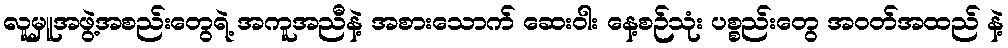
လူမှူအဖွဲ့အစည်းတွေရဲ့ အကူအညီနဲ့ အစားသောက် ဆေးဝါး နေ့စဉ်သုံး ပစ္စည်းတွေ အဝတ်အထည် နဲ့